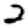
Digit: 2